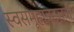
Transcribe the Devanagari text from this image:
स्वसमूहाबद्दलची